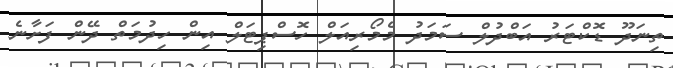
ތިނަދޫ ޑޮކްޓަރު އަބްދުލް ސަމަދު މެމޯރިއަލް ހޮސްޕިޓަލް އިން ހިދުމަތް ދޭން ފަށާނެ